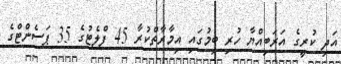
އަދި ކުރީގެ އަރަބިއްޔާ ހުރި ބިމުގައި އިމާރާތްކުރާ 45 ފްލެޓުގެ 35 ޕަސެންޓްގެ